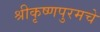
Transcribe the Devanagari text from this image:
श्रीकृष्णपुरमचे